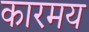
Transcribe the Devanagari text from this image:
कारमय